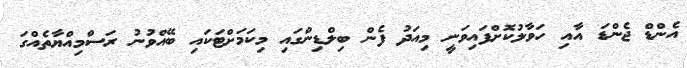
އެންޑް ޖެންޑަ އާއި ހަވާލުކޮށްފައިވަނީ މިއަދު ފެން ބިލްޑިންގައި މިކަމަށްޓަކައި ބޭއްވުނު ރަސްމިއްޔާތެއްގަ